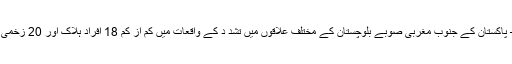
اسلام آباد — پاکستان کے جنوب مغربی صوبے بلوچستان کے مختلف علاقوں میں تشد د کے واقعات میں کم از کم 18 افراد ہلاک اور 20 زخمی ہو گئے ہیں۔